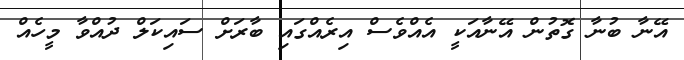
އޭނާ ބުނާ ގޮތުން އޭނާއަކީ އެއްވެސް އިރެއްގައި ބާރަށް ސައިކަލް ދުއްވާ މީހެއް